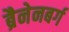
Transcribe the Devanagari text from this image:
ब्रैनेनबर्ग